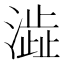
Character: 澁